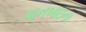
પાનબાઇના